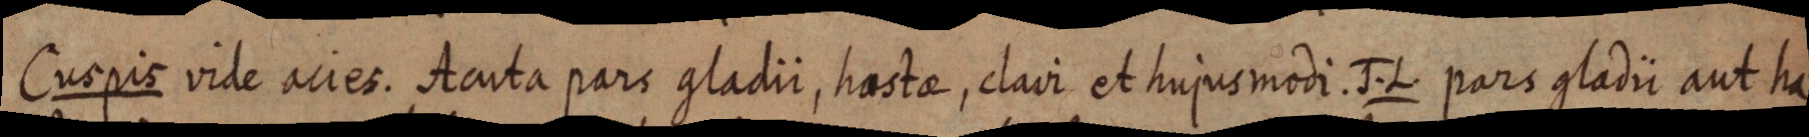
Cuspis vide acies. Acuta pars gladii, hastae, clavi et hujus modi. J. L. pars gladii aut ha